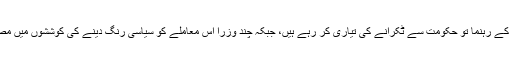
بار کونسل کے رہنما تو حکومت سے ٹکرانے کی تیاری کر رہے ہیں، جبکہ چند وزرا اس معاملے کو سیاسی رنگ دینے کی کوششوں میں مصروف ہیں۔